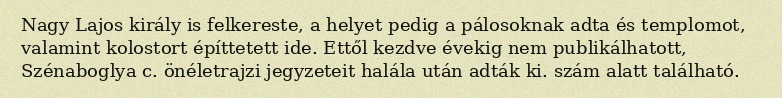
Nagy Lajos király is felkereste, a helyet pedig a pálosoknak adta és templomot, valamint kolostort építtetett ide. Ettől kezdve évekig nem publikálhatott, Szénaboglya c. önéletrajzi jegyzeteit halála után adták ki. szám alatt található.